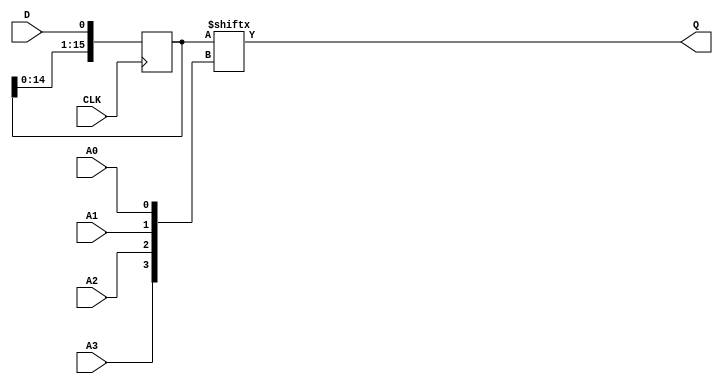
module SRL16 (
  output Q,
  input A0, A1, A2, A3,
  (* clkbuf_sink *)
  input CLK,
  input D
);
  parameter [15:0] INIT = 16'h0000;
  reg [15:0] r = INIT;
  assign Q = r[{A3,A2,A1,A0}];
  always @(posedge CLK) r <= { r[14:0], D };
  specify
    // Max delay from: https://github.com/SymbiFlow/prjxray-db/blob/34ea6eb08a63d21ec16264ad37a0a7b142ff6031/artix7/timings/CLBLM_R.sdf#L905
    (posedge CLK => (Q : 1'bx)) = 1472;
    // Max delay from: https://github.com/SymbiFlow/prjxray-db/blob/34ea6eb08a63d21ec16264ad37a0a7b142ff6031/artix7/timings/CLBLM_R.sdf#L912
    $setup(D , posedge CLK, 173);
    (A0 => Q) = 631;
    (A1 => Q) = 472;
    (A2 => Q) = 407;
    (A3 => Q) = 238;
  endspecify
endmodule